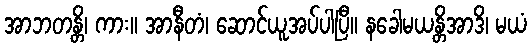
အာဘတန္တိ၊ ကား။ အာနီတံ၊ ဆောင်ယူအပ်ပါပြီ။ နခေါမယန္တိအာဒိ၊ မယံ